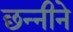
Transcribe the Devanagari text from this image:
छन्नीने